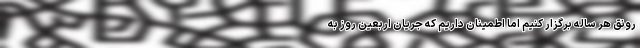
رونق هر ساله برگزار کنیم اما اطمینان داریم که جریان اربعین روز به